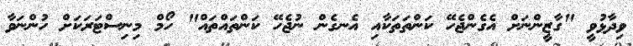
ވިދާޅުވީ "ގާޒީންނަށް އެގެންޖެހޭ ކަންތަތަކާއި އެނގެން ނުޖެހޭ ކަންތައްތައް" ހޯމް މިނިސްޓަރަކަށް ހުންނަވާ